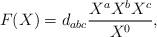
LaTeX: \begin{align*}F(X)=d_{abc}{{X^{a}X^{b}X^{c}}\over{X^0}}, \end{align*}